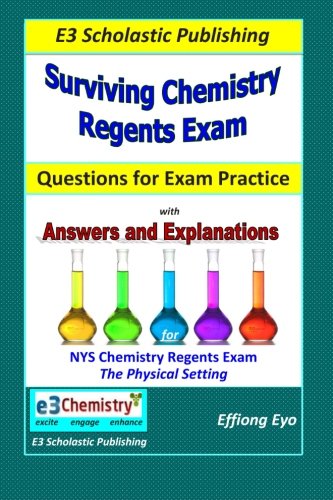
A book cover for Surviving Chemistry Regents Exam: Questions for Exam Practice: 30 Days of Question sets for NYS Regents Exam; Effiong Eyo; Test Preparation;